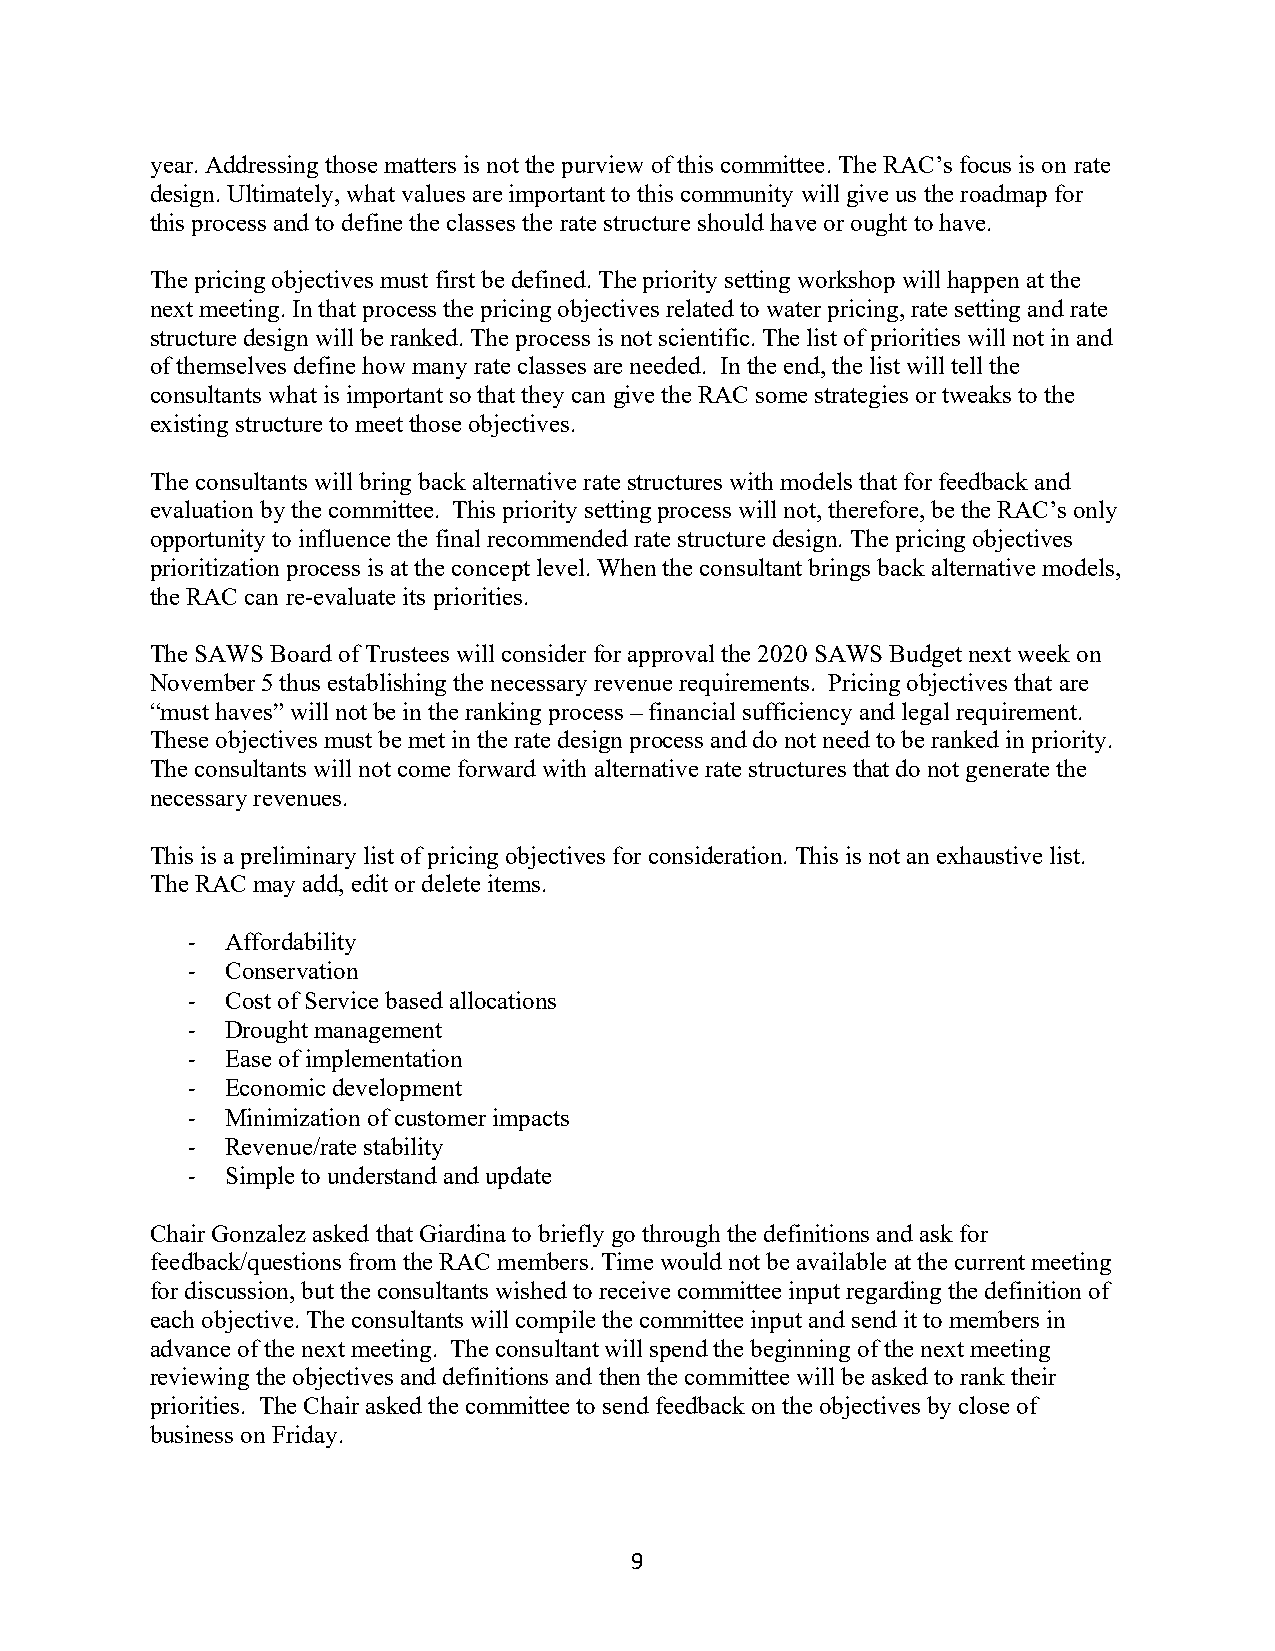
year. Addressing those matters is not the purview of this committee. The RAC’s focus is on rate
 design. Ultimately, what values are important to this community will give us the roadmap for
 this process and to define the classes the rate structure should have or ought to have.
 The pricing objectives must first be defined. The priority setting workshop will happen at the
 next meeting. In that process the pricing objectives related to water pricing, rate setting and rate
 structure design will be ranked. The process is not scientific. The list of priorities will not in and
 of themselves define how many rate classes are needed. In the end, the list will tell the
 consultants what is important so that they can give the RAC some strategies or tweaks to the
 existing structure to meet those objectives.
 The consultants will bring back alternative rate structures with models that for feedback and
 evaluation by the committee. This priority setting process will not, therefore, be the RAC’s only
 opportunity to influence the final recommended rate structure design. The pricing objectives
 prioritization process is at the concept level. When the consultant brings back alternative models,
 the RAC can re-evaluate its priorities.
 The SAWS Board of Trustees will consider for approval the 2020 SAWS Budget next week on
 November 5 thus establishing the necessary revenue requirements. Pricing objectives that are
 “must haves” will not be in the ranking process – financial sufficiency and legal requirement.
 These objectives must be met in the rate design process and do not need to be ranked in priority.
 The consultants will not come forward with alternative rate structures that do not generate the
 necessary revenues.
 This is a preliminary list of pricing objectives for consideration. This is not an exhaustive list.
 The RAC may add, edit or delete items.
 ‐  Affordability
 ‐  Conservation
 ‐  Cost of Service based allocations
 ‐  Drought management
 ‐  Ease of implementation
 ‐  Economic development
 ‐  Minimization of customer impacts
 ‐  Revenue/rate stability
 ‐  Simple to understand and update
 Chair Gonzalez asked that Giardina to briefly go through the definitions and ask for
 feedback/questions from the RAC members. Time would not be available at the current meeting
 for discussion, but the consultants wished to receive committee input regarding the definition of
 each objective. The consultants will compile the committee input and send it to members in
 advance of the next meeting. The consultant will spend the beginning of the next meeting
 reviewing the objectives and definitions and then the committee will be asked to rank their
 priorities. The Chair asked the committee to send feedback on the objectives by close of
 business on Friday.
 9